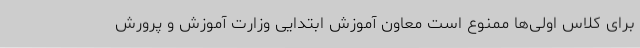
برای کلاس اولی‌ها ممنوع است معاون آموزش ابتدایی وزارت آموزش و پرورش